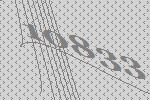
10833